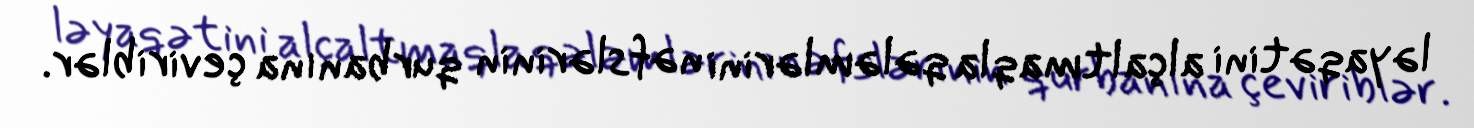
ləyaqətini alçaltmaqla qələmlərini nəfslərinin qurbanına çeviriblər.